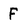
Character: F